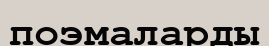
поэмаларды